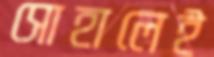
সোহালেই